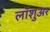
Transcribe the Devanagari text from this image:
लॉशुअर